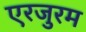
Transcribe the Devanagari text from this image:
एरजुरम